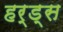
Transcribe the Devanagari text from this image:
हर्ड्स